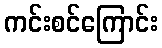
ကင်းစင်ကြောင်း